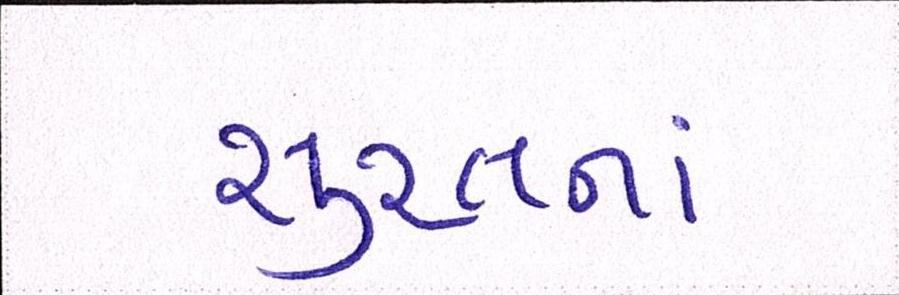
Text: સુરતનાં